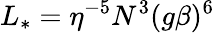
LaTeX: L_{*}=\eta^{-5}N^{3}(g\beta)^{6}